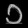
Digit: ၁